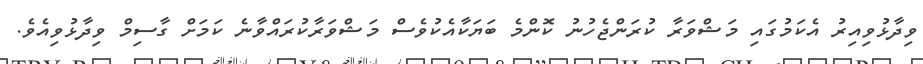
ވިދާޅުވިއިރު އެކަމުގައި މަޝްވަރާ ކުރަންޖެހުނު ކޮންމެ ބަޔަކާއެކުވެސް މަޝްވަރާކުރައްވާނެ ކަމަށް ގާސިމް ވިދާޅުވިއެވެ.